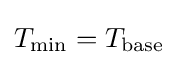
T_{\mathrm {min} }=T_{\mathrm {base} }